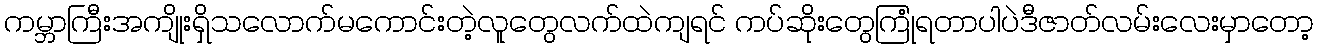
ကမ္ဘာကြီးအကျိုးရှိသလောက်မကောင်းတဲ့လူတွေလက်ထဲကျရင် ကပ်ဆိုးတွေကြုံရတာပါပဲဒီဇာတ်လမ်းလေးမှာတော့